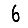
Digit: 6